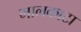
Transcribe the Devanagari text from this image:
मालकाटा